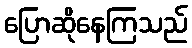
ပြောဆိုနေကြသည်